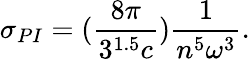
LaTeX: \sigma_{PI}=(\frac{8\pi}{3^{1.5}c})\frac{1}{n^{5}\omega^{3}}.